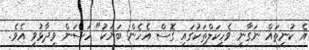
އެ ކުނިތައް ނަގާނީ ވެހިކަލްތަކުގައި ގޮސް އެހެން ބަޔަކު" ހަސަން ވިދާޅުވި އެވެ.